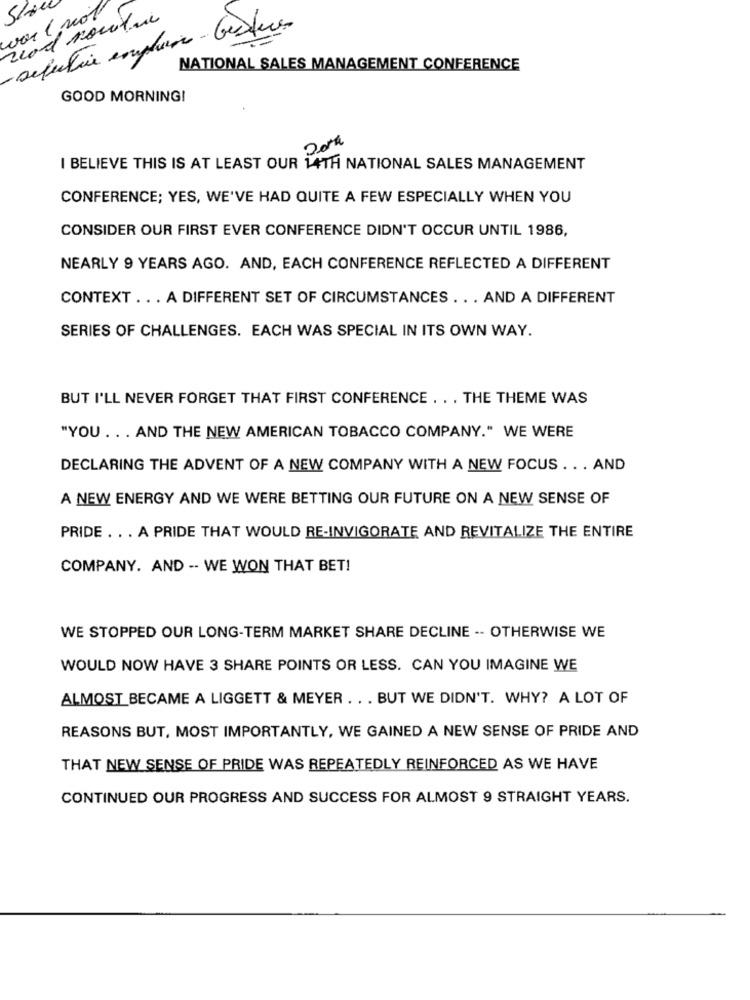
work not
read montre
- selective emploi - Gestern
NATIONAL SALES MANAGEMENT CONFERENCE
GOOD MORNING!
I BELIEVE THIS IS AT LEAST OUR 14TH NATIONAL SALES MANAGEMENT
CONFERENCE; YES, WE'VE HAD QUITE A FEW ESPECIALLY WHEN YOU
CONSIDER OUR FIRST EVER CONFERENCE DIDN'T OCCUR UNTIL 1986,
NEARLY 9 YEARS AGO. AND, EACH CONFERENCE REFLECTED A DIFFERENT
CONTEXT .. . A DIFFERENT SET OF CIRCUMSTANCES .. . AND A DIFFERENT
SERIES OF CHALLENGES. EACH WAS SPECIAL IN ITS OWN WAY.
BUT I'LL NEVER FORGET THAT FIRST CONFERENCE . . . THE THEME WAS
"YOU . . . AND THE NEW AMERICAN TOBACCO COMPANY." WE WERE
DECLARING THE ADVENT OF A NEW COMPANY WITH A NEW FOCUS . . . AND
A NEW ENERGY AND WE WERE BETTING OUR FUTURE ON A NEW SENSE OF
PRIDE . . . A PRIDE THAT WOULD RE-INVIGORATE AND REVITALIZE THE ENTIRE
COMPANY. AND -- WE WON THAT BET!
WE STOPPED OUR LONG-TERM MARKET SHARE DECLINE -- OTHERWISE WE
WOULD NOW HAVE 3 SHARE POINTS OR LESS. CAN YOU IMAGINE WE
ALMOST BECAME A LIGGETT & MEYER . . . BUT WE DIDN'T. WHY? A LOT OF
REASONS BUT, MOST IMPORTANTLY, WE GAINED A NEW SENSE OF PRIDE AND
THAT NEW SENSE OF PRIDE WAS REPEATEDLY REINFORCED AS WE HAVE
CONTINUED OUR PROGRESS AND SUCCESS FOR ALMOST 9 STRAIGHT YEARS.